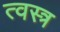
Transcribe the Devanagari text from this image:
त्वस्त्र